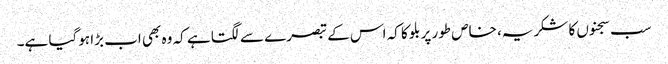
سب سجنوں کا شکریہ، خاص طور پر بلو کا کہ اس کے تبصرے سے لگتا ہے کہ وہ بھی اب بڑا ہوگیا ہے۔